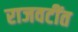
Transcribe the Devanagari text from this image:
राजवटींत